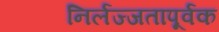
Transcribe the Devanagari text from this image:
निर्लज्जतापूर्वक